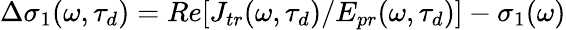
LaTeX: \begin{array}{r}{\Delta\sigma_{1}(\omega,\tau_{d})=Re[J_{tr}(\omega,\tau_{d})/E_{pr}(\omega,\tau_{d})]-\sigma_{1}(\omega)}\end{array}